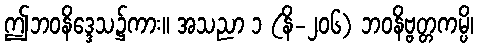
ဤဘဝနိဒ္ဒေသ၌ကား။ အသညာ ၁ (နိ-၂၀၆) ဘဝနိဗ္ဗတ္တကမ္ပိ၊